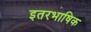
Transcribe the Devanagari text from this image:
इतरभाषिक